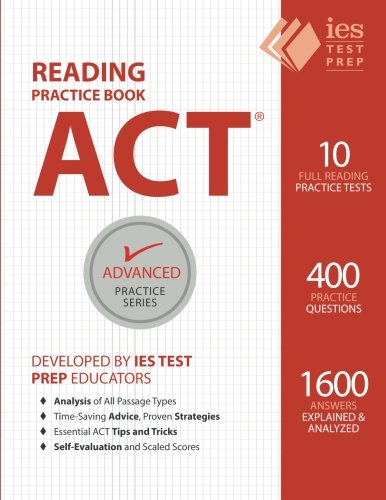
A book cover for ACT Reading Practice Book (Advanced Practice Series) (Volume 5); Khalid Khashoggi; Test Preparation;